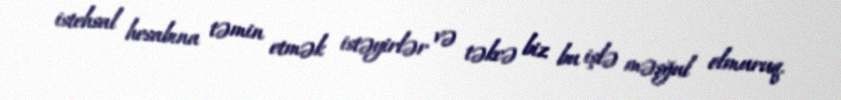
istehsal hesabına təmin etmək istəyirlər və təkcə biz bu işlə məşğul olmuruq.